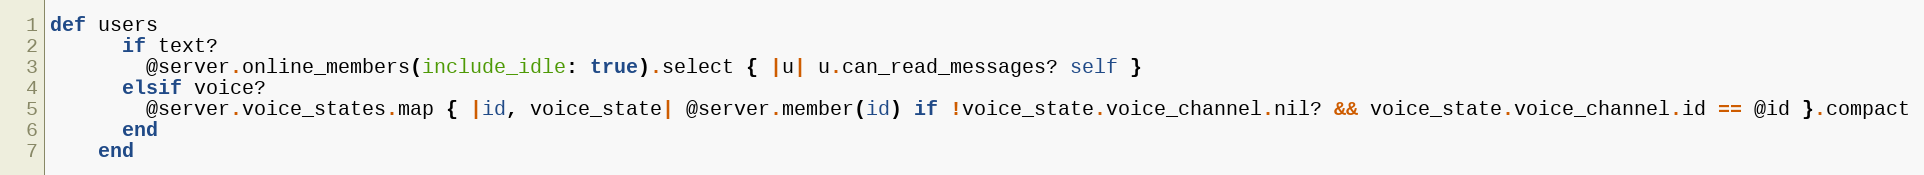
Language: Ruby
def users
      if text?
        @server.online_members(include_idle: true).select { |u| u.can_read_messages? self }
      elsif voice?
        @server.voice_states.map { |id, voice_state| @server.member(id) if !voice_state.voice_channel.nil? && voice_state.voice_channel.id == @id }.compact
      end
    end